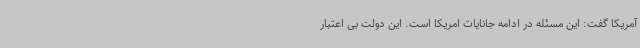
آمریکا گفت: این مسئله در ادامه جانایات امریکا است. این دولت بی اعتبار